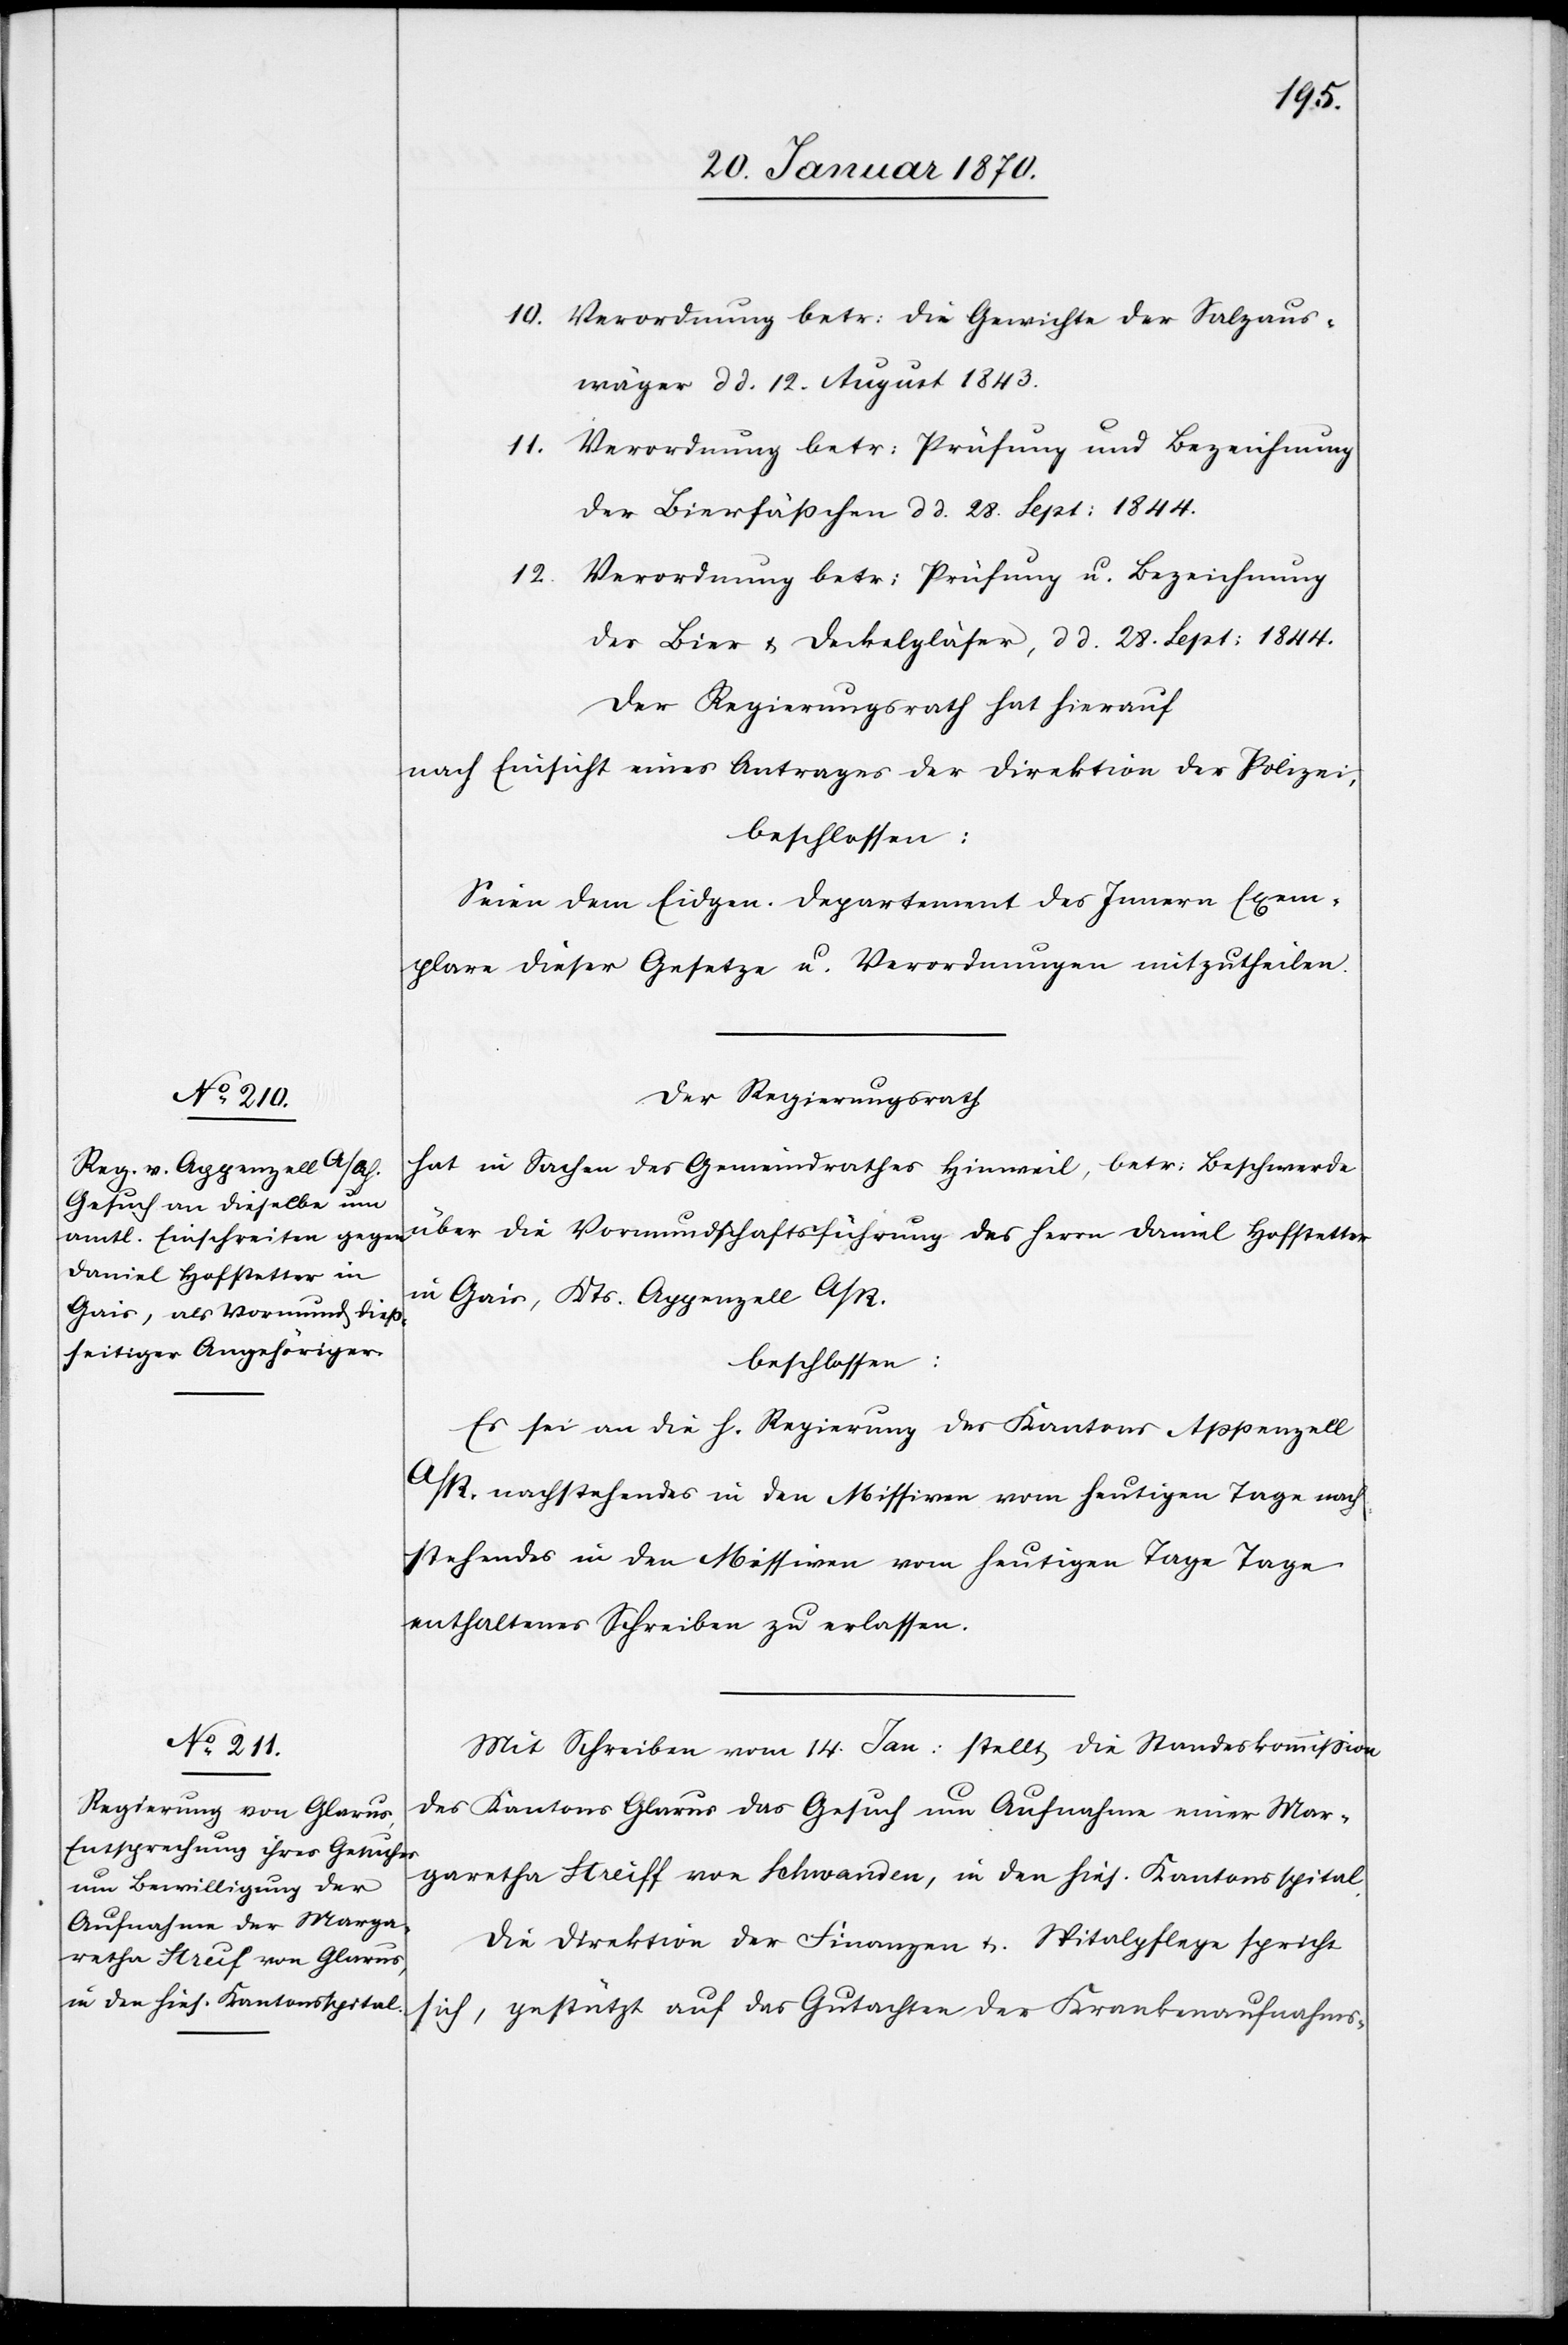
10. Verordnung betr: die Gewichte der Salzaus¬
wäger dd. 12. August 1843.
11. Verordnung betr: Prüfung und Bezeichnung
der Bierfäßchen dd. 28. Sept: 1844.
Der Regierungsrath hat hierauf
nach Einsicht eines Antrages der Direktion der Polizei,
beschlossen:
Seien dem Eidgen. Departement des Innern Exem¬
plare dieser Gesetze u. Verordnungen mitzutheilen.
Der Regierungsrath
hat in Sachen des Gemeindrathes Hinweil, betr: Beschwerde
über die Vormundschafsführung des Herrn Daniel Hofstetter
in Gais, Kts. Appenzell A/R.
beschlossen:
Es sei an die h. Regierung des Kantons Appenzell
A/R. nachstehendes in den Missiven vom heutigen Tage nach¬
stehendes in den Missiven vom heutigen Tage Tage
enthaltenes Schreiben zu erlassen.
Mit Schreiben vom 14. Jan: stellt die Standeskommission
des Kantons Glarus das Gesuch um Aufnahme einer Mar¬
garetha Streiff [sic!] von Schwanden, in den hies. Kantonsspital.
Die Direktion der Finanzen u. Spitalpflege spricht
sich, gestützt auf das Gutachten der Krankenaufnahms-